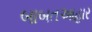
બાબતઆહાર